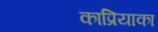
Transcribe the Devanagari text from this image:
काप्रियाका